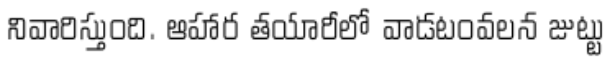
నివారిస్తుంది. ఆహార తయారీలో వాడటంవలన జుట్టు